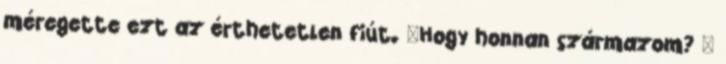
méregette ezt az érthetetlen fiút. "Hogy honnan származom? –